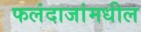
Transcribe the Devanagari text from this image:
फलंदाजांमधील